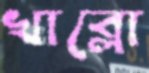
খাব্‌লো